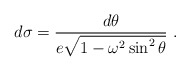
\begin{align*}d\sigma = {d\theta \over e \sqrt{1 - \omega^2 \sin^2 \theta } }\ .\end{align*}